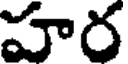
హర